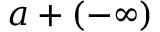
a + ( - \infty )